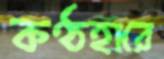
কণ্ঠহারে